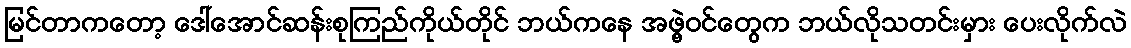
မြင်တာကတော့ ဒေါ်အောင်ဆန်းစုကြည်ကိုယ်တိုင် ဘယ်ကနေ အဖွဲ့ဝင်တွေက ဘယ်လိုသတင်းမှား ပေးလိုက်လဲ